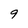
Character: 9